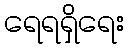
ရေရရှိရေး